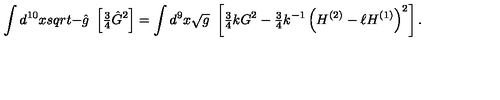
\int d ^ { 1 0 } x s q r t { - \hat { g } } \ \left[ { \textstyle \frac { 3 } { 4 } } \hat { G } ^ { 2 } \right] = \int d ^ { 9 } x \sqrt { g } \ \left[ { \textstyle \frac { 3 } { 4 } } k G ^ { 2 } - { \textstyle \frac { 3 } { 4 } } k ^ { - 1 } \left( H ^ { ( 2 ) } - \ell H ^ { ( 1 ) } \right) ^ { 2 } \right] .